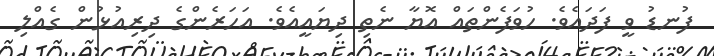
ފުނޑު ވީ ފަދައެވެ. ހުވަފެންތައް އޮޔާ ނެތި ދިޔައީއެވެ. އަހަރެންގެ ދިރިއުޅުން ގެއްލި